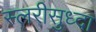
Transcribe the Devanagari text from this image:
स्लरीसुध्दा